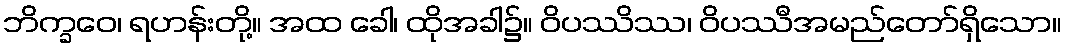
ဘိက္ခဝေ၊ ရဟန်းတို့။ အထ ခေါ၊ ထိုအခါ၌။ ဝိပဿိဿ၊ ဝိပဿီအမည်တော်ရှိသော။